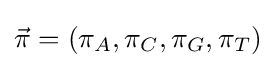
{\vec {\pi }}=(\pi _{A},\pi _{C},\pi _{G},\pi _{T})